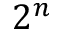
2 ^ { n }